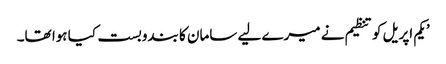
’یکم اپریل کو تنظیم نے میرے لیے سامان کا بندوبست کیا ہوا تھا۔